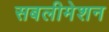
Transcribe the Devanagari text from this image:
सबलीमेशन